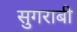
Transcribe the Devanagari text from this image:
सुगराबी